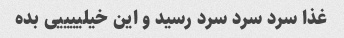
غذا سرد سرد سرد رسید و این خیلییییی بده